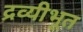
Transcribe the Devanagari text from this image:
द्रव्यीभूत